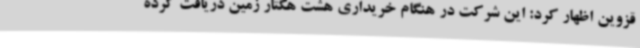
قزوین اظهار کرد: این شرکت در هنگام خریداری هشت هکتار زمین دریافت کرده